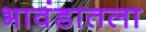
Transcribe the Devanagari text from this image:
भावंडातला